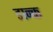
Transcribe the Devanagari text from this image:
डान्क